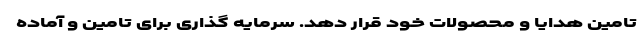
تامین هدایا و محصولات خود قرار دهد. سرمایه گذاری برای تامین و آماده